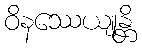
ဝိနဿေယျုန္တိ